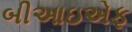
બીઆઇએફ